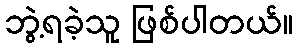
ဘွဲ့ရခဲ့သူ ဖြစ်ပါတယ်။